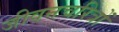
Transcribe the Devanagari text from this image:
जीवनचरित्रों